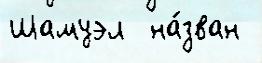
Шамуэл  на́зван